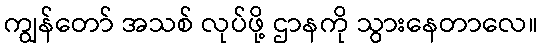
ကျွန်တော် အသစ် လုပ်ဖို့ ဌာနကို သွားနေတာလေ။